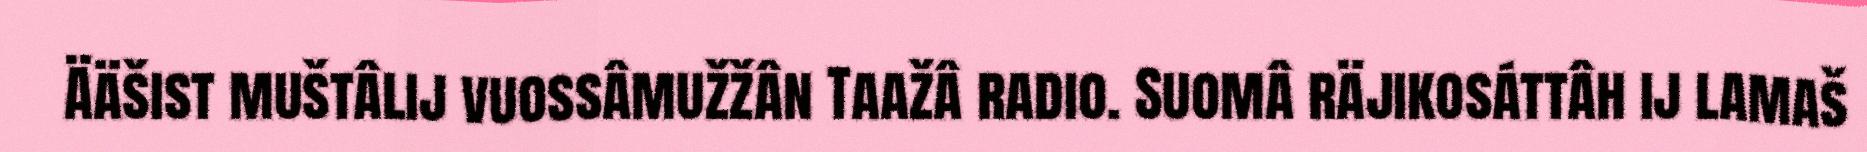
Ääšist muštâlij vuossâmužžân Taažâ radio. Suomâ räjikosáttâh ij lamaš